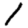
Digit: 1